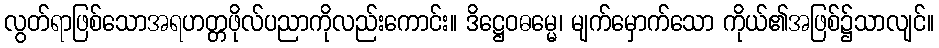
လွတ်ရာဖြစ်သောအရဟတ္တဖိုလ်ပညာကိုလည်းကောင်း။ ဒိဋ္ဌေဝဓမ္မေ၊ မျက်မှောက်သော ကိုယ်၏အဖြစ်၌သာလျင်။